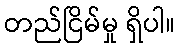
တည်ငြိမ်မှု ရှိပါ။